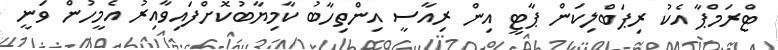
ޓްރަމްޕާ އެކު ރިޕަބްލިކަން ޕާޓީ އިން ރިއާސީ އިންތިހާބު ކާމިޔާބުކޮށްފައިވާއިރު އެމީހުން ވަނީ